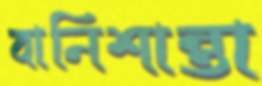
বানিশান্তা